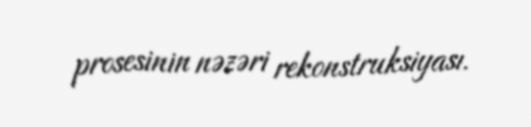
prosesinin nəzəri rekonstruksiyası.